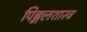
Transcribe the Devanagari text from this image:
पिङ्गलशास्त्र